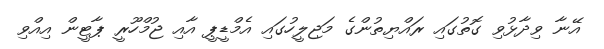
އޭނާ ވިދާޅުވި ގޮތުގައި ރައްޔިތުންގެ މަޖިލީހުގައި އެމްޑީޕީ އާއި ޖުމްހޫރީ ޕާޓީން އިއްވި